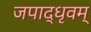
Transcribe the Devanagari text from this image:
जपाद्‌धृवम्